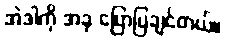
အဲဒါကို အခု ပြောပြချင်တယ်။